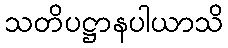
သတိပဋ္ဌာနပါယာသိ